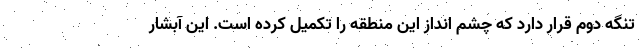
تنگه دوم قرار دارد که چشم انداز این منطقه را تکمیل کرده است. این آبشار